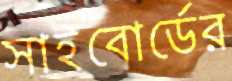
সাইবোর্ডের